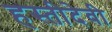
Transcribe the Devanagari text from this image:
हस्तीदेवी